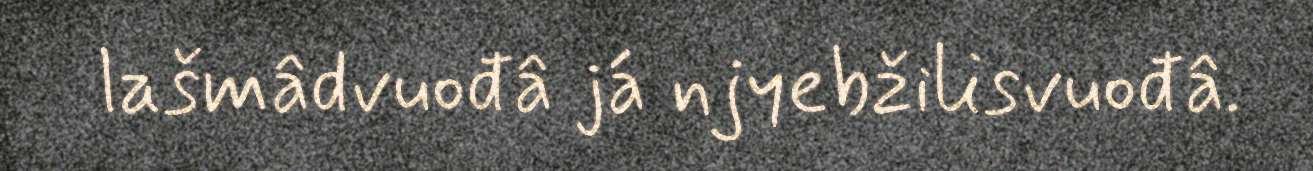
lašmâdvuođâ já njyebžilisvuođâ.